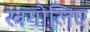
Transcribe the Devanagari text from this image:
खगोलिए